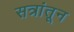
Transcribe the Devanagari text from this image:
सत्रांतून